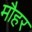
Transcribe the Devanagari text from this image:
मौहर